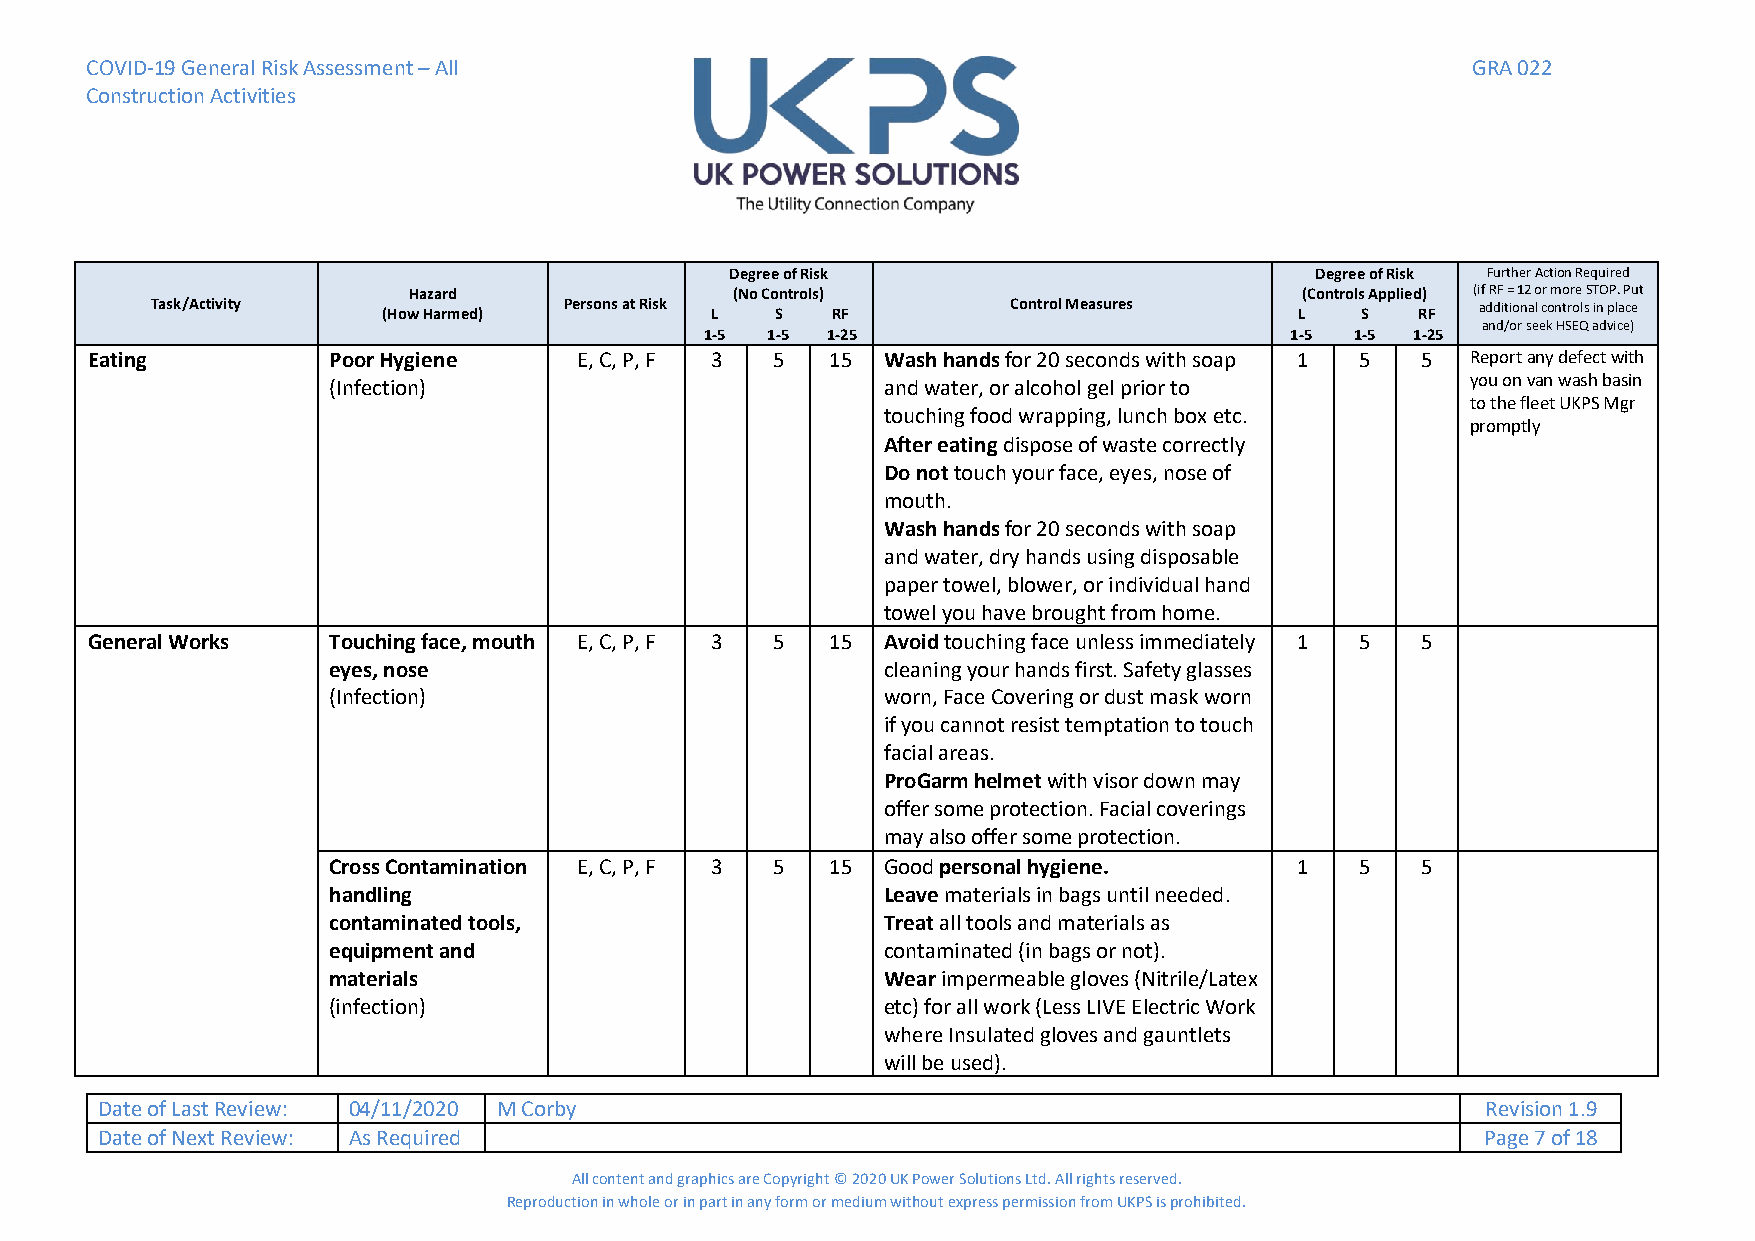
COVID-19 General Risk Assessment – All                                                     GRA 022
 Construction Activities
 Degree of Risk                         Degree of Risk Further Action Required
 Hazard               (No Controls)                         (Controls Applied) (if RF = 12 or more STOP. Put
 Task/Activity  (How Harmed) Persons at Risk L S RF       Control Measures   L   S   RF  additional controls in place
 and/or seek HSEQ advice)
 1-5 1-5 1-25                          1-5  1-5 1-25
 Eating          Poor Hygiene    E, C, P, F 3 5   15 Wash hands for 20 seconds with soap 1 5 5 Report any defect with
 (Infection)                         and water, or alcohol gel prior to     you on van wash basin
 to the fleet UKPS Mgr
 touching food wrapping, lunch box etc.
 promptly
 After eating dispose of waste correctly
 Do not touch your face, eyes, nose of
 mouth.
 Wash hands for 20 seconds with soap
 and water, dry hands using disposable
 paper towel, blower, or individual hand
 towel you have brought from home.
 General Works   Touching face, mouth E, C, P, F 3 5 15 Avoid touching face unless immediately 1 5 5
 eyes, nose                          cleaning your hands first. Safety glasses
 (Infection)                         worn, Face Covering or dust mask worn
 if you cannot resist temptation to touch
 facial areas.
 ProGarm helmet with visor down may
 offer some protection. Facial coverings
 may also offer some protection.
 Cross Contamination E, C, P, F 3 5 15 Good personal hygiene.    1   5   5
 handling                            Leave materials in bags until needed.
 contaminated tools,                 Treat all tools and materials as
 equipment and                       contaminated (in bags or not).
 materials                           Wear impermeable gloves (Nitrile/Latex
 (infection)                         etc) for all work (Less LIVE Electric Work
 where Insulated gloves and gauntlets
 will be used).
 Date of Last Review: 04/11/2020 M Corby                                                     Revision 1.9
 Date of Next Review: As Required                                                            Page 7 of 18
 All content and graphics are Copyright © 2020 UK Power Solutions Ltd. All rights reserved.
 Reproduction in whole or in part in any form or medium without express permission from UKPS is prohibited.